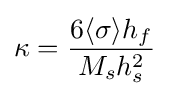
\kappa ={\frac {6\langle \sigma \rangle h_{f}}{M_{s}h_{s}^{2}}}